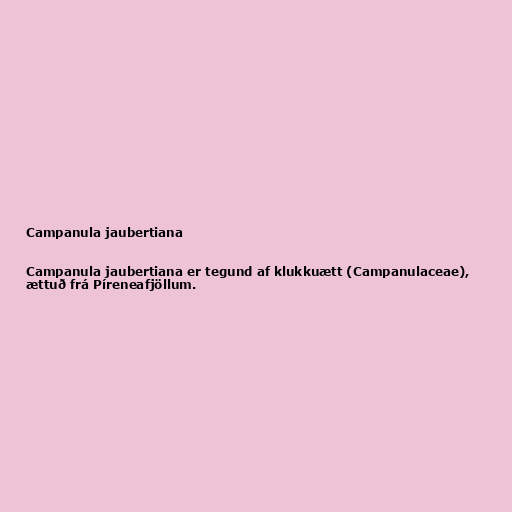
Campanula jaubertiana

Campanula jaubertiana er tegund af klukkuætt (Campanulaceae),
ættuð frá Píreneafjöllum.